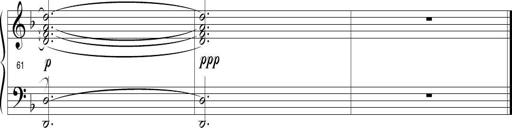
Title: Sonatina in D minor
Composer: Paul Csige
Key: D minor